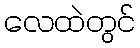
လေထဲတွင်